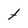
Character: t